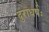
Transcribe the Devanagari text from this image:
दुराधर्षः